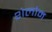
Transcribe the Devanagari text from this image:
शेलोम